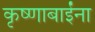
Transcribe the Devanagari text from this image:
कृष्णाबाईंना